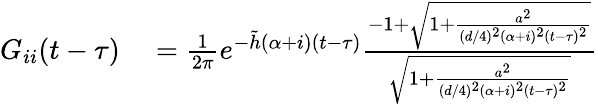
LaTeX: \begin{array}{rl}{G_{ii}(t-\tau)}&{{}=\frac{1}{2\pi}e^{-\tilde{h}(\alpha+i)(t-\tau)}\frac{-1+\sqrt{1+\frac{a^{2}}{(d/4)^{2}(\alpha+i)^{2}(t-\tau)^{2}}}}{\sqrt{1+\frac{a^{2}}{(d/4)^{2}(\alpha+i)^{2}(t-\tau)^{2}}}}}\end{array}